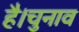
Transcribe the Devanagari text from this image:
है।चुनाव